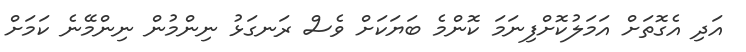
އަދި އެގޮތަށް އަމަލުކޮށްފިނަމަ ކޮންމެ ބަޔަކަށް ވެސް ރަނގަޅު ނިންމުން ނިންމޭނެ ކަމަށް